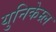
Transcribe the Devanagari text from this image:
युनिकेम्र्ल